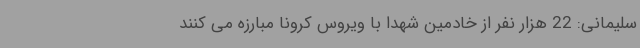
سلیمانی: 22 هزار نفر از خادمین شهدا با ویروس کرونا مبارزه می کنند